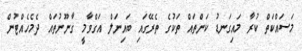
މަސައްކަތް ކުރާ މައިގަނޑު ކަންތައް ތަކުގެ ތެރޭގައި ބައިނަލް އަގްވާމީ ގާނޫނުތައް ދެމެހެއްޓުން